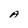
Character: A